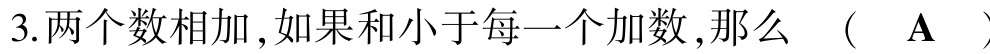
3.两个数相加,如果和小于每一个加数,那么  (  $\mathbf{A}$  )